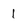
Character: 1